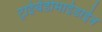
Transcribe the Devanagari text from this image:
ट्राईबेंडीमाईडाईन